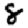
Digit: 8